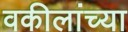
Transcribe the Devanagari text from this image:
वकीलांच्या